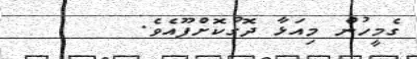
ގެމީހުން މިއަޅާ ދޮގުކޮށްފޫއެވެ.